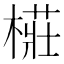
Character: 𭫨